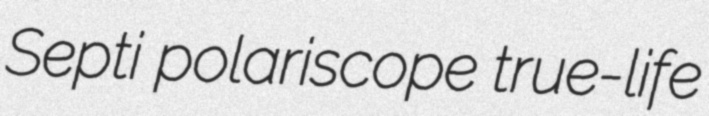
Septi polariscope true-life